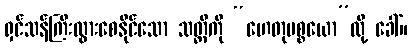
ရှင်သန်ကြီးထွားစေနိုင်သော သတ္တိကို “ဟေတုပစ္စယော”လို့ ခေါ်။